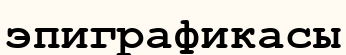
эпиграфикасы